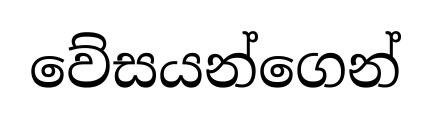
වේසයන්ගෙන්